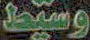
وسيط